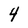
Character: 4